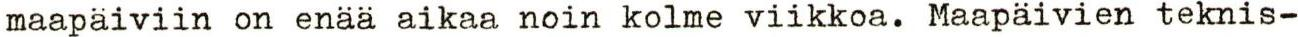
maapäiviin on enää aikaa noin kolme viikkoa. Maapäivien teknis-